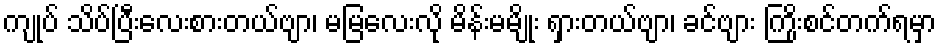
ကျုပ် သိပ်ပြီးလေးစားတယ်ဗျာ၊ မမြလေးလို မိန်းမမျိုး ရှားတယ်ဗျာ၊ ခင်ဗျား ကြိုးစင်တက်ရမှာ